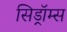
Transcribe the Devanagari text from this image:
सिड्रॉम्स